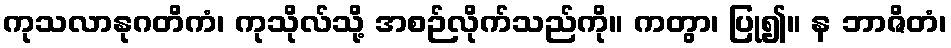
ကုသလာနုဂတိကံ၊ ကုသိုလ်သို့ အစဉ်လိုက်သည်ကို။ ကတွာ၊ ပြု၍။ န ဘာဇိတံ၊